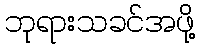
ဘုရားသခင်အဖို့